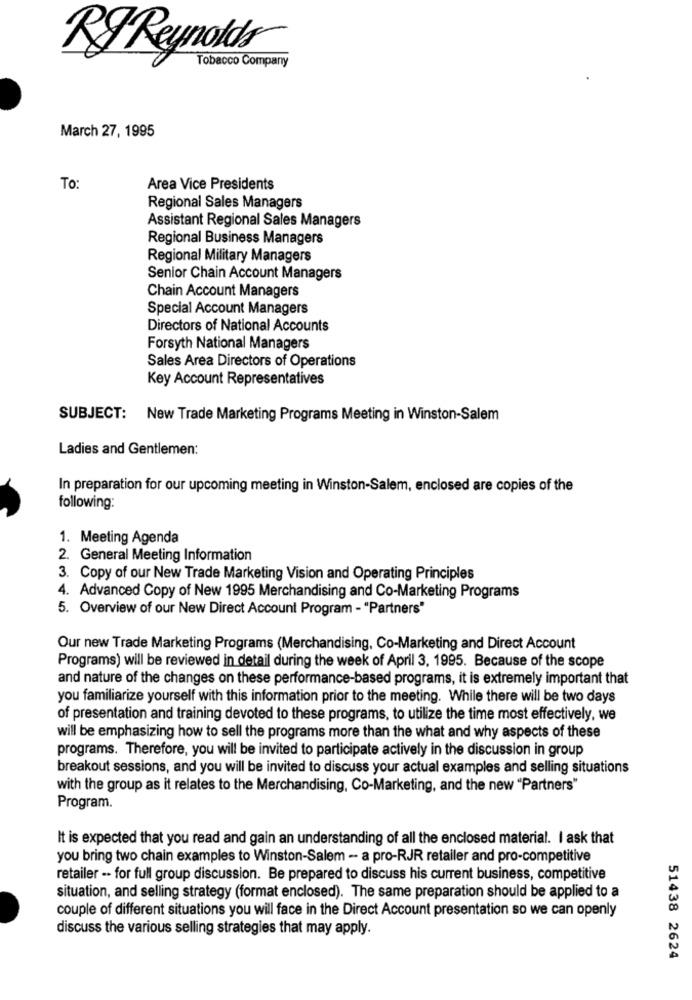
RJ Reynolds
Tobacco Company
March 27, 1995
To:
Area Vice Presidents
Regional Sales Managers
Assistant Regional Sales Managers
Regional Business Managers
Regional Military Managers
Senior Chain Account Managers
Chain Account Managers
Special Account Managers
Directors of National Accounts
Forsyth National Managers
Sales Area Directors of Operations
Key Account Representatives
SUBJECT: New Trade Marketing Programs Meeting in Winston-Salem
Ladies and Gentlemen:
In preparation for our upcoming meeting in Winston-Salem, enclosed are copies of the
following:
1. Meeting Agenda
2. General Meeting Information
3. Copy of our New Trade Marketing Vision and Operating Principles
4. Advanced Copy of New 1995 Merchandising and Co-Marketing Programs
5. Overview of our New Direct Account Program - "Partners"
Our new Trade Marketing Programs (Merchandising, Co-Marketing and Direct Account
Programs) will be reviewed in detail during the week of April 3, 1995. Because of the scope
and nature of the changes on these performance-based programs, it is extremely important that
you familiarize yourself with this information prior to the meeting. While there will be two days
of presentation and training devoted to these programs, to utilize the time most effectively, we
will be emphasizing how to sell the programs more than the what and why aspects of these
programs. Therefore, you will be invited to participate actively in the discussion in group
breakout sessions, and you will be invited to discuss your actual examples and selling situations
with the group as it relates to the Merchandising, Co-Marketing, and the new "Partners"
Program.
It is expected that you read and gain an understanding of all the enclosed material. I ask that
you bring two chain examples to Winston-Salem - a pro-RJR retailer and pro-competitive
retailer -· for full group discussion. Be prepared to discuss his current business, competitive
situation, and selling strategy (format enclosed). The same preparation should be applied to a
couple of different situations you will face in the Direct Account presentation so we can openly
discuss the various selling strategies that may apply.
51438 2624